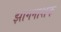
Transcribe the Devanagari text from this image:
झागनाशक